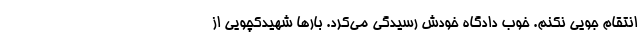
انتقام جویی نکنم. خوب دادگاه خودش رسیدگی می‌کرد. بارها شهیدکچویی از